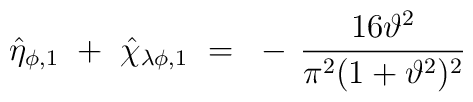
\hat{\eta}_{\phi,1} ~+~ \hat{\chi}_{\lambda\phi,1} ~=~- \, \frac{16\vartheta^2}{\pi^2 (1+\vartheta^2)^2}